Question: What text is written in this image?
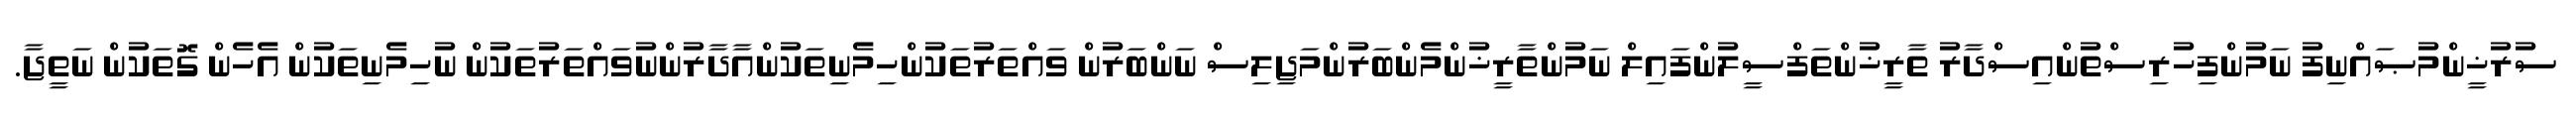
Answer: ސުރުޚީންމުޞައްނިފު ނަމުންފިހުރިސްތުންއިސްދާރު ތާރީޚުންތަފްސީލުންފައިލް ނަމުންތާރީޚުންމެންބަރުންމަޖިލިސް ނަންބަރުން ވައްތަރުތަކުންހިމެނިތަކުންއާދާރުންނުވައްތަރުތަކުން ނުހިމެނިތަކުން އެހެން ގޮތަކުން ނަތީޖާ.